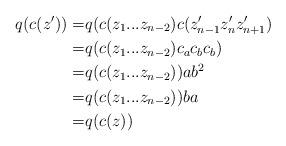
LaTeX: \begin{align*}q(c(z'))=& q(c(z_1...z_{n-2})c(z_{n-1}'z_n'z_{n+1}') \\=& q(c(z_1...z_{n-2})c_ac_bc_b) \\=& q(c(z_1...z_{n-2}))ab^2 \\=& q(c(z_1...z_{n-2}))ba \\=& q(c(z))\end{align*}